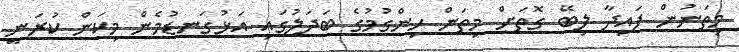
މިތަނުން ފައިދާ ލިބޭ ގޮތަށް މިތަން ހިންގުމުގެ ބަދަލުގައި އަޅުގަނޑުމެން މިކަން ކުރަނީ